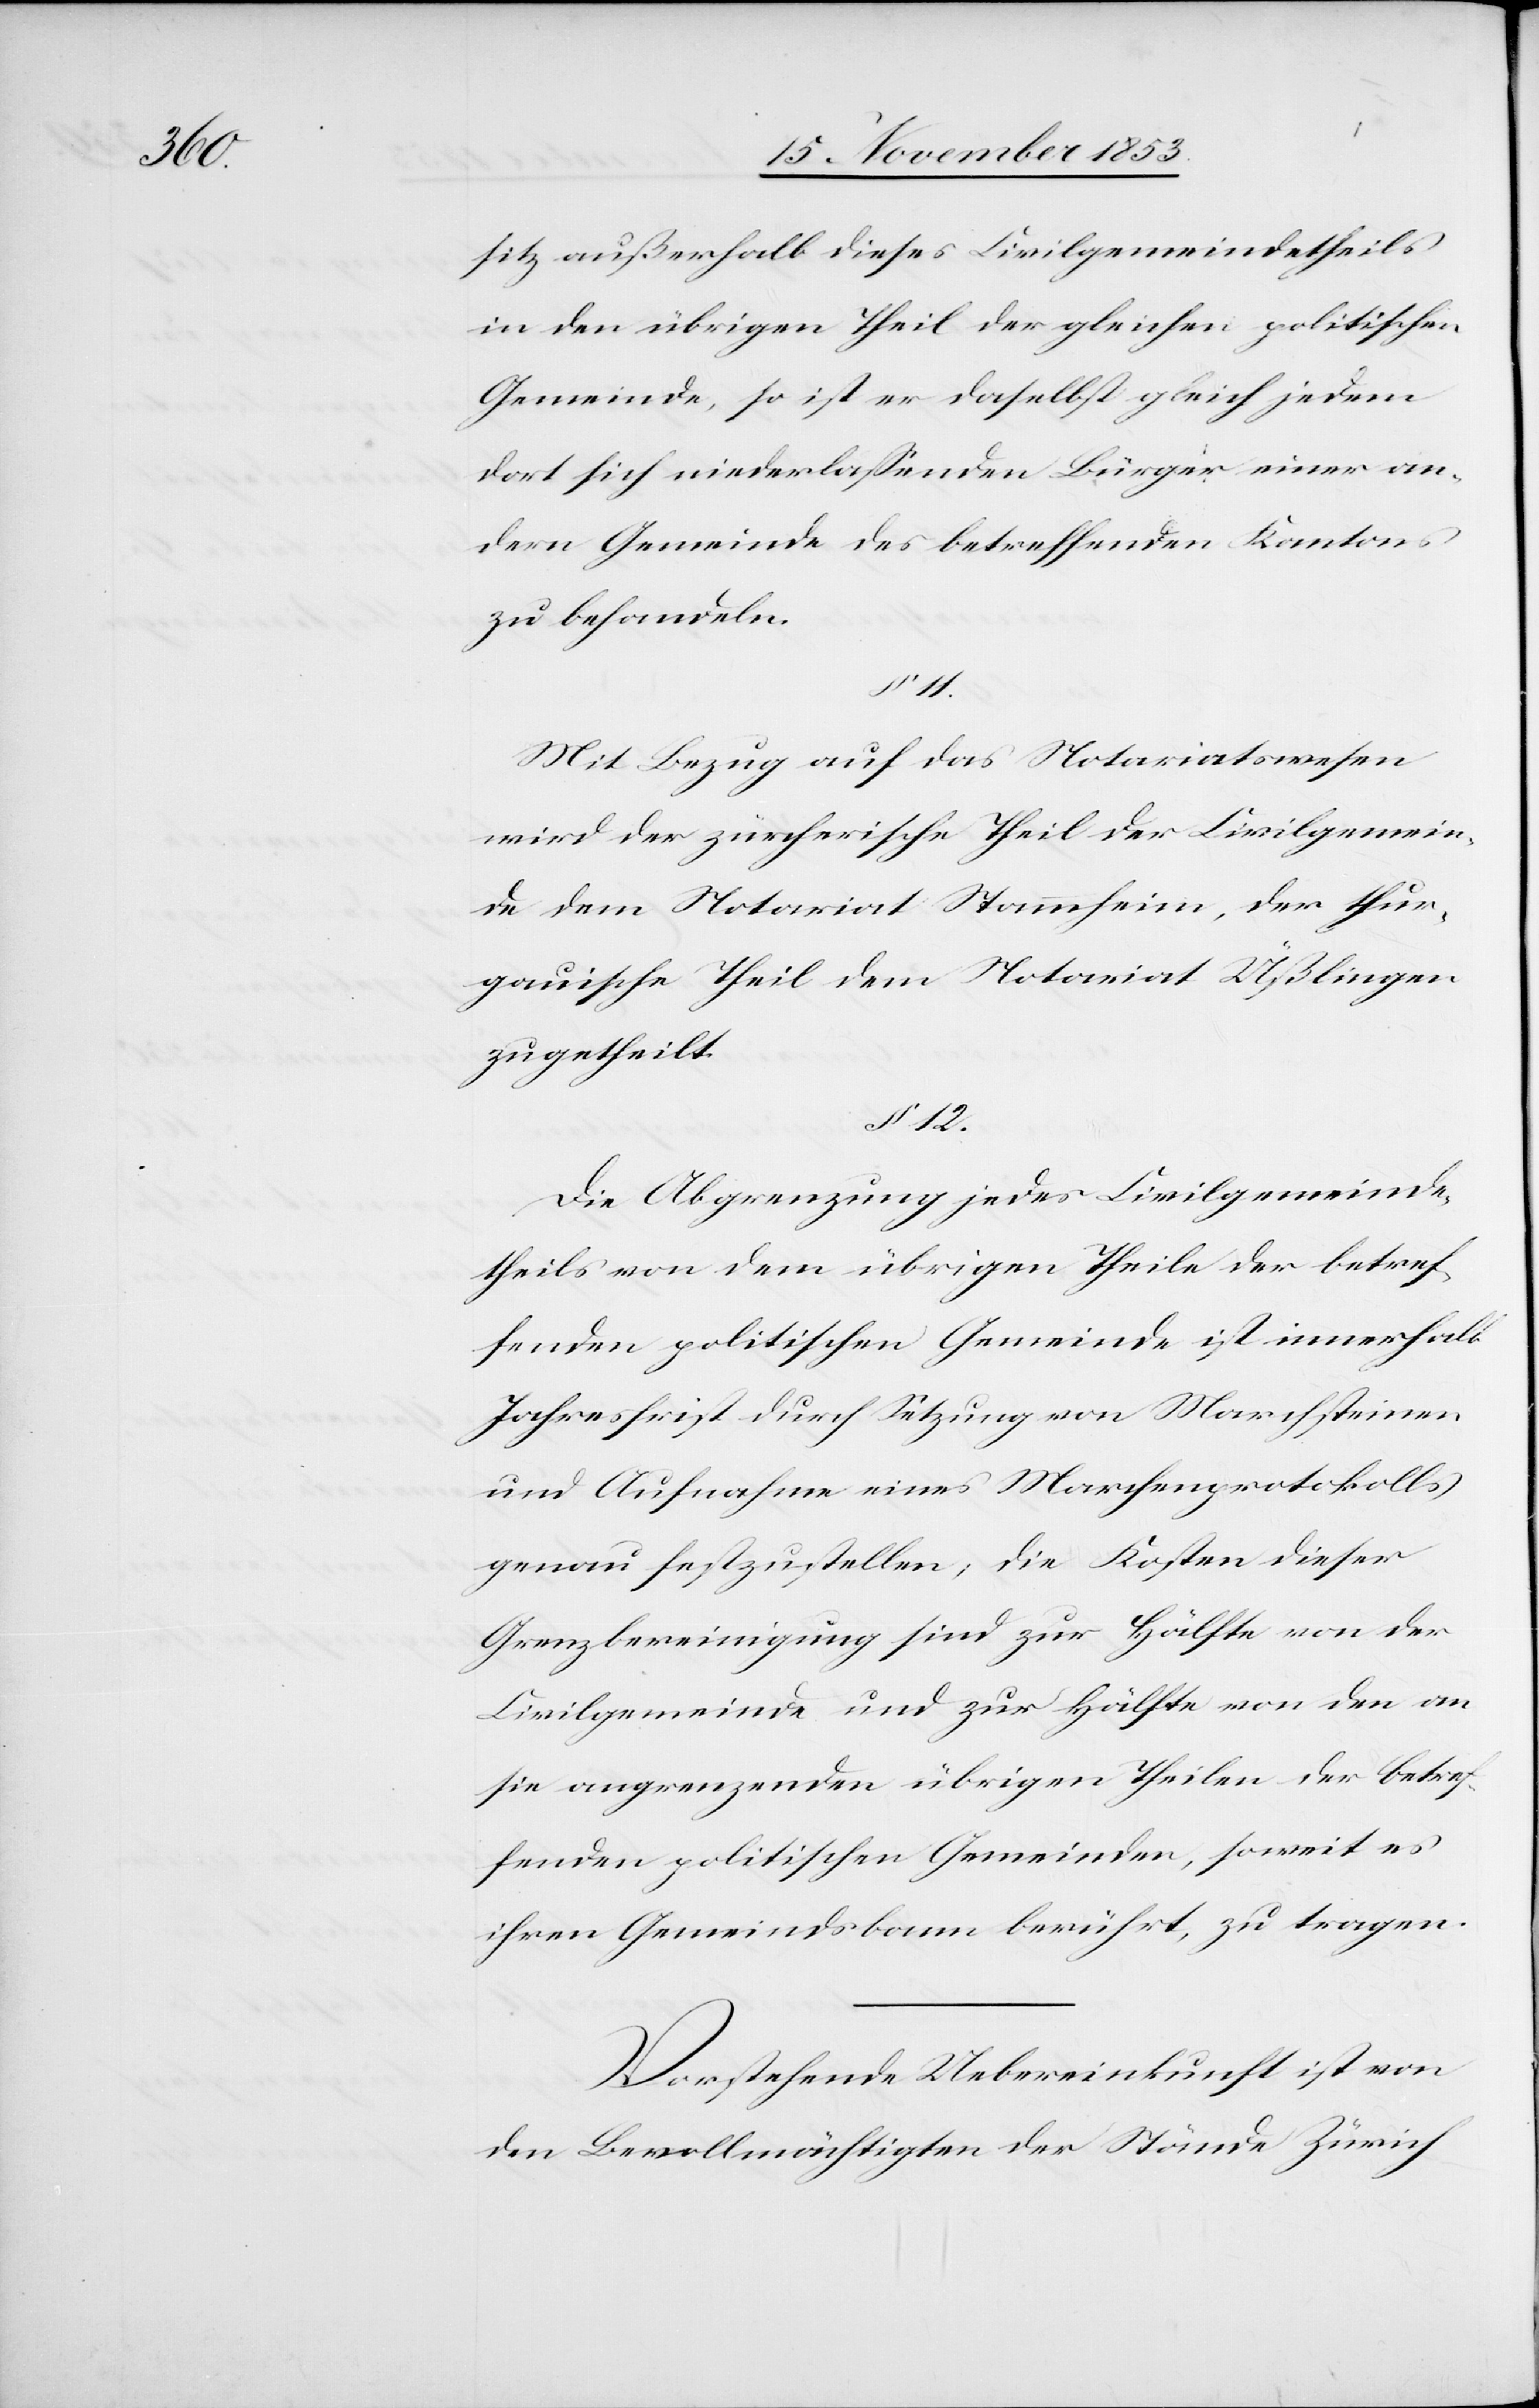
sitz außerhalb dieses Civilgemeindetheils
in den übrigen Theil der gleichen politischen
Gemeinde, so ist er daselbst gleich jedem
dort sich niederlassenden Bürger einer an¬
dern Gemeinde des betreffenden Kantons
zu behandeln.
§ 11.
Mit Bezug auf das Notariatswesen
wird der zürcherische Theil der Civilgemein¬
den dem Notariat Stammheim, der thur¬
gauische Theil dem Notariat Üßlingen
zugetheilt.
§ 12.
Die Abgrenzung jedes Civilgemeinde¬
theils von dem übrigen Theile der betref¬
fenden politischen Gemeinde ist innerhalb
Jahresfrist durch Setzung von Marchsteinen
und Aufnahme eines Marchenprotokolls
genau festzustellen; die Kosten dieser
Grenzbereinigung sind zur Hälfte von der
Civilgemeinde und zur Hälfte von den an
sie angrenzenden übrigen Theilen der betref¬
fenden politischen Gemeinden, soweit es
ihren Gemeindsbann berührt, zu tragen.
Vorstehende Uebereinkunft ist von
den Bevollmächtigten der Stände Zürich